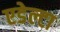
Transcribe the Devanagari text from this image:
एडेल्टा